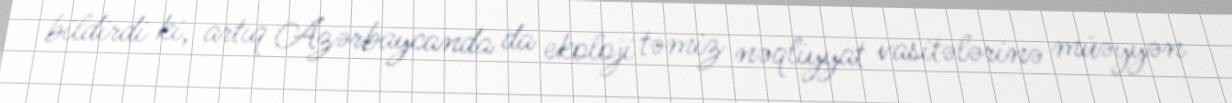
bildirdi ki, artıq Azərbaycanda da ekoloji təmiz nəqliyyat vasitələrinə müəyyən